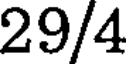
29/4